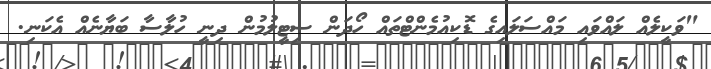
"ވަކީލެއް ލައްވައި މައްސަލައިގެ ޑޮކިއުމެންޓްތައް ހޯދަން ސިޓީލުމުން ދިނީ ހުލާސާ ބަޔާނެއް އެކަނި.